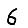
Digit: 6